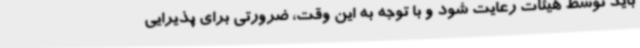
باید توسط هیئات رعایت شود و با توجه به این وقت، ضرورتی برای پذیرایی